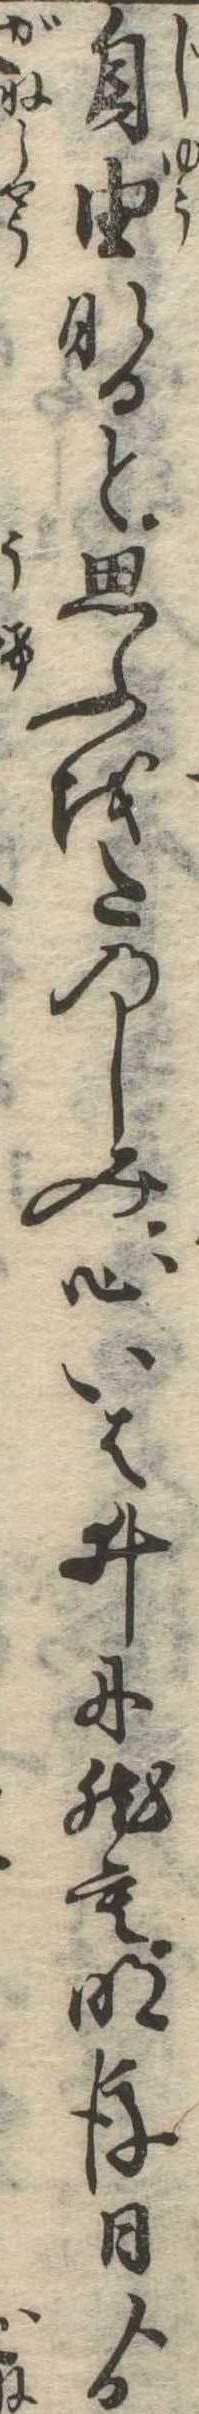
自由なると思ふをたのしみ心いはゐに然も明後日ゟ